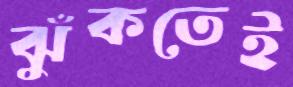
ঝুঁকতেই